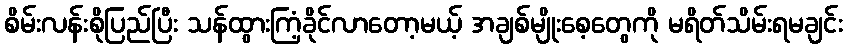
စိမ်းလန်းစိုပြည်ပြီး သန်ထွားကြံ့ခိုင်လာတော့မယ့် အချစ်မျိုးစေ့တွေကို မရိတ်သိမ်းရမချင်း